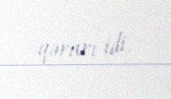
qərarı idi.